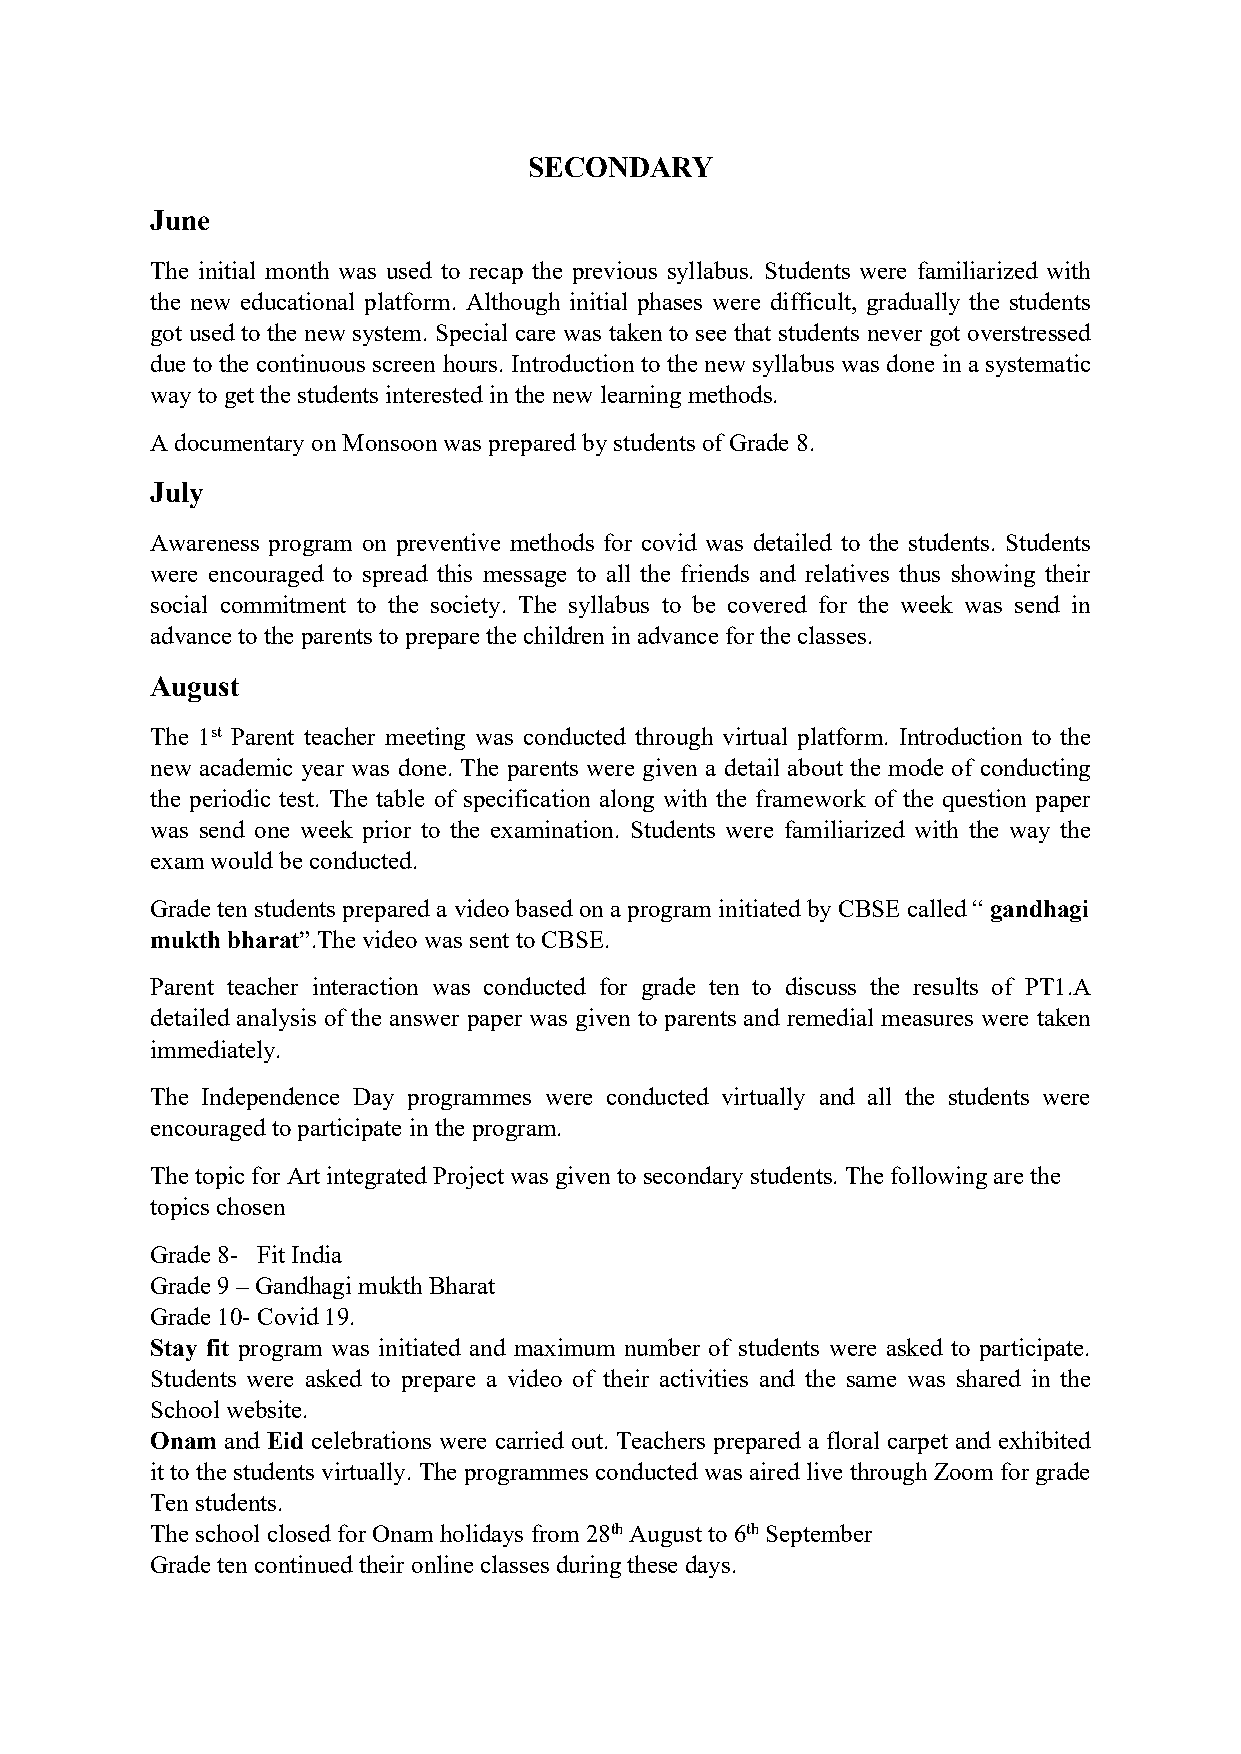
SECONDARY
 June
 The initial month was used to recap the previous syllabus. Students were familiarized with
 the new educational platform. Although initial phases were difficult, gradually the students
 got used to the new system. Special care was taken to see that students never got overstressed
 due to the continuous screen hours. Introduction to the new syllabus was done in a systematic
 way to get thestudents interested inthenew learning methods.
 Adocumentary onMonsoon was prepared bystudents ofGrade 8.
 July
 Awareness program on preventive methods for covid was detailed to the students. Students
 were encouraged to spread this message to all the friends and relatives thus showing their
 social commitment to the society. The syllabus to be covered for the week was send in
 advanceto theparents to prepare thechildren in advance fortheclasses.
 August
 The 1st Parent teacher meeting was conducted through virtual platform. Introduction to the
 new academic year was done. The parents were given a detail about the mode of conducting
 the periodic test. The table of specification along with the framework of the question paper
 was send one week prior to the examination. Students were familiarized with the way the
 examwould be conducted.
 Grade ten students prepared avideo based onaprogram initiated byCBSE called “ gandhagi
 mukthbharat”.Thevideo was sent to CBSE.
 Parent teacher interaction was conducted for grade ten to discuss the results of PT1.A
 detailed analysis of the answer paper was given to parents and remedial measures were taken
 immediately.
 The Independence Day programmes were conducted virtually and all the students were
 encouraged toparticipate intheprogram.
 Thetopicfor Art integrated Project was given to secondary students. Thefollowing are the
 topics chosen
 Grade 8- Fit India
 Grade 9–Gandhagi mukthBharat
 Grade 10-Covid 19.
 Stay fit program was initiated and maximum number of students were asked to participate.
 Students were asked to prepare a video of their activities and the same was shared in the
 Schoolwebsite.
 Onam and Eid celebrations were carried out. Teachers prepared a floral carpet and exhibited
 itto thestudents virtually. The programmes conducted was aired livethrough Zoom forgrade
 Ten students.
 Theschool closed forOnam holidays from 28thAugust to6thSeptember
 Grade ten continued their onlineclasses duringthese days.